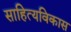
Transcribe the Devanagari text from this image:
साहित्यविकास